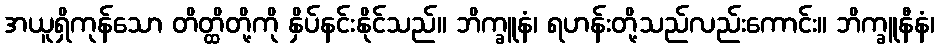
အယူရှိကုန်သော တိတ္ထိတို့ကို နှိပ်နင်းနိုင်သည်။ ဘိက္ခူနံ၊ ရဟန်းတို့သည်လည်းကောင်း။ ဘိက္ခူနီနံ၊